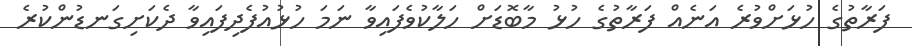
ފަރާތުގެ ހުޅަށްވުރެ އަނެއް ފަރާތުގެ ހުޅު މާބޮޑަށް ހަލާކުވެފައިވާ ނަމަ ހުޅުއުފެދިފައިވާ ދެކަށިގަނޑުންކުރެ